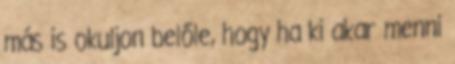
más is okuljon belőle, hogy ha ki akar menni